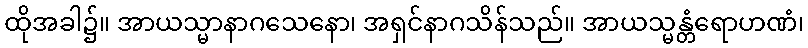
ထိုအခါ၌။ အာယသ္မာနာဂသေနော၊ အရှင်နာဂသိန်သည်။ အာယသ္မန္တံရောဟဏံ၊